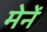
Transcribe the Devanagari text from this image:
मेनें